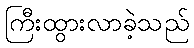
ကြီးထွားလာခဲ့သည်